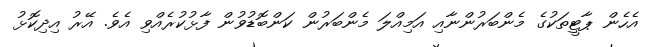
އެހެން ޕާޓީތަކުގެ މެންބަރުންނާއި އަމިއްލަ މެންބަރުން ކަންބޮޑުވުން ފާޅުކުރެއްވި އެވެ. އޭރު އިދިކޮޅު